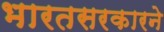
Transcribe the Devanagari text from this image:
भारतसरकारने